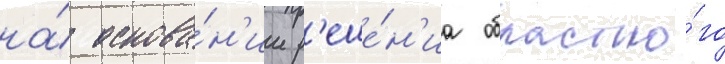
на́ основа́н'ии р'еше́н'иа областно́го